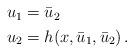
LaTeX: \begin{align*}\begin{aligned}u_1&=\bar{u}_2\\u_2&=h(x,\bar{u}_1,\bar{u}_2)\,.\end{aligned}\end{align*}